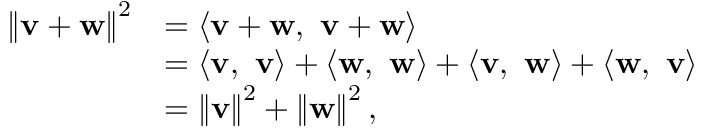
{ \begin{array} { r l } { \left\| \mathbf { v } + \mathbf { w } \right\| ^ { 2 } } & { = \langle \mathbf { v + w } , \ \mathbf { v + w } \rangle } \\ & { = \langle \mathbf { v } , \ \mathbf { v } \rangle + \langle \mathbf { w } , \ \mathbf { w } \rangle + \langle \mathbf { v , \ w } \rangle + \langle \mathbf { w , \ v } \rangle } \\ & { = \left\| \mathbf { v } \right\| ^ { 2 } + \left\| \mathbf { w } \right\| ^ { 2 } , } \end{array} }